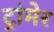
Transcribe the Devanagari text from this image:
ट्रांमेर